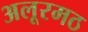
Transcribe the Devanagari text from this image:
अलूरमठ